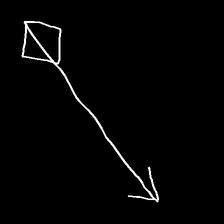
Glyph: focus